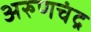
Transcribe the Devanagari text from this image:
अरुणचंद्र